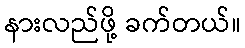
နားလည်ဖို့ ခက်တယ်။